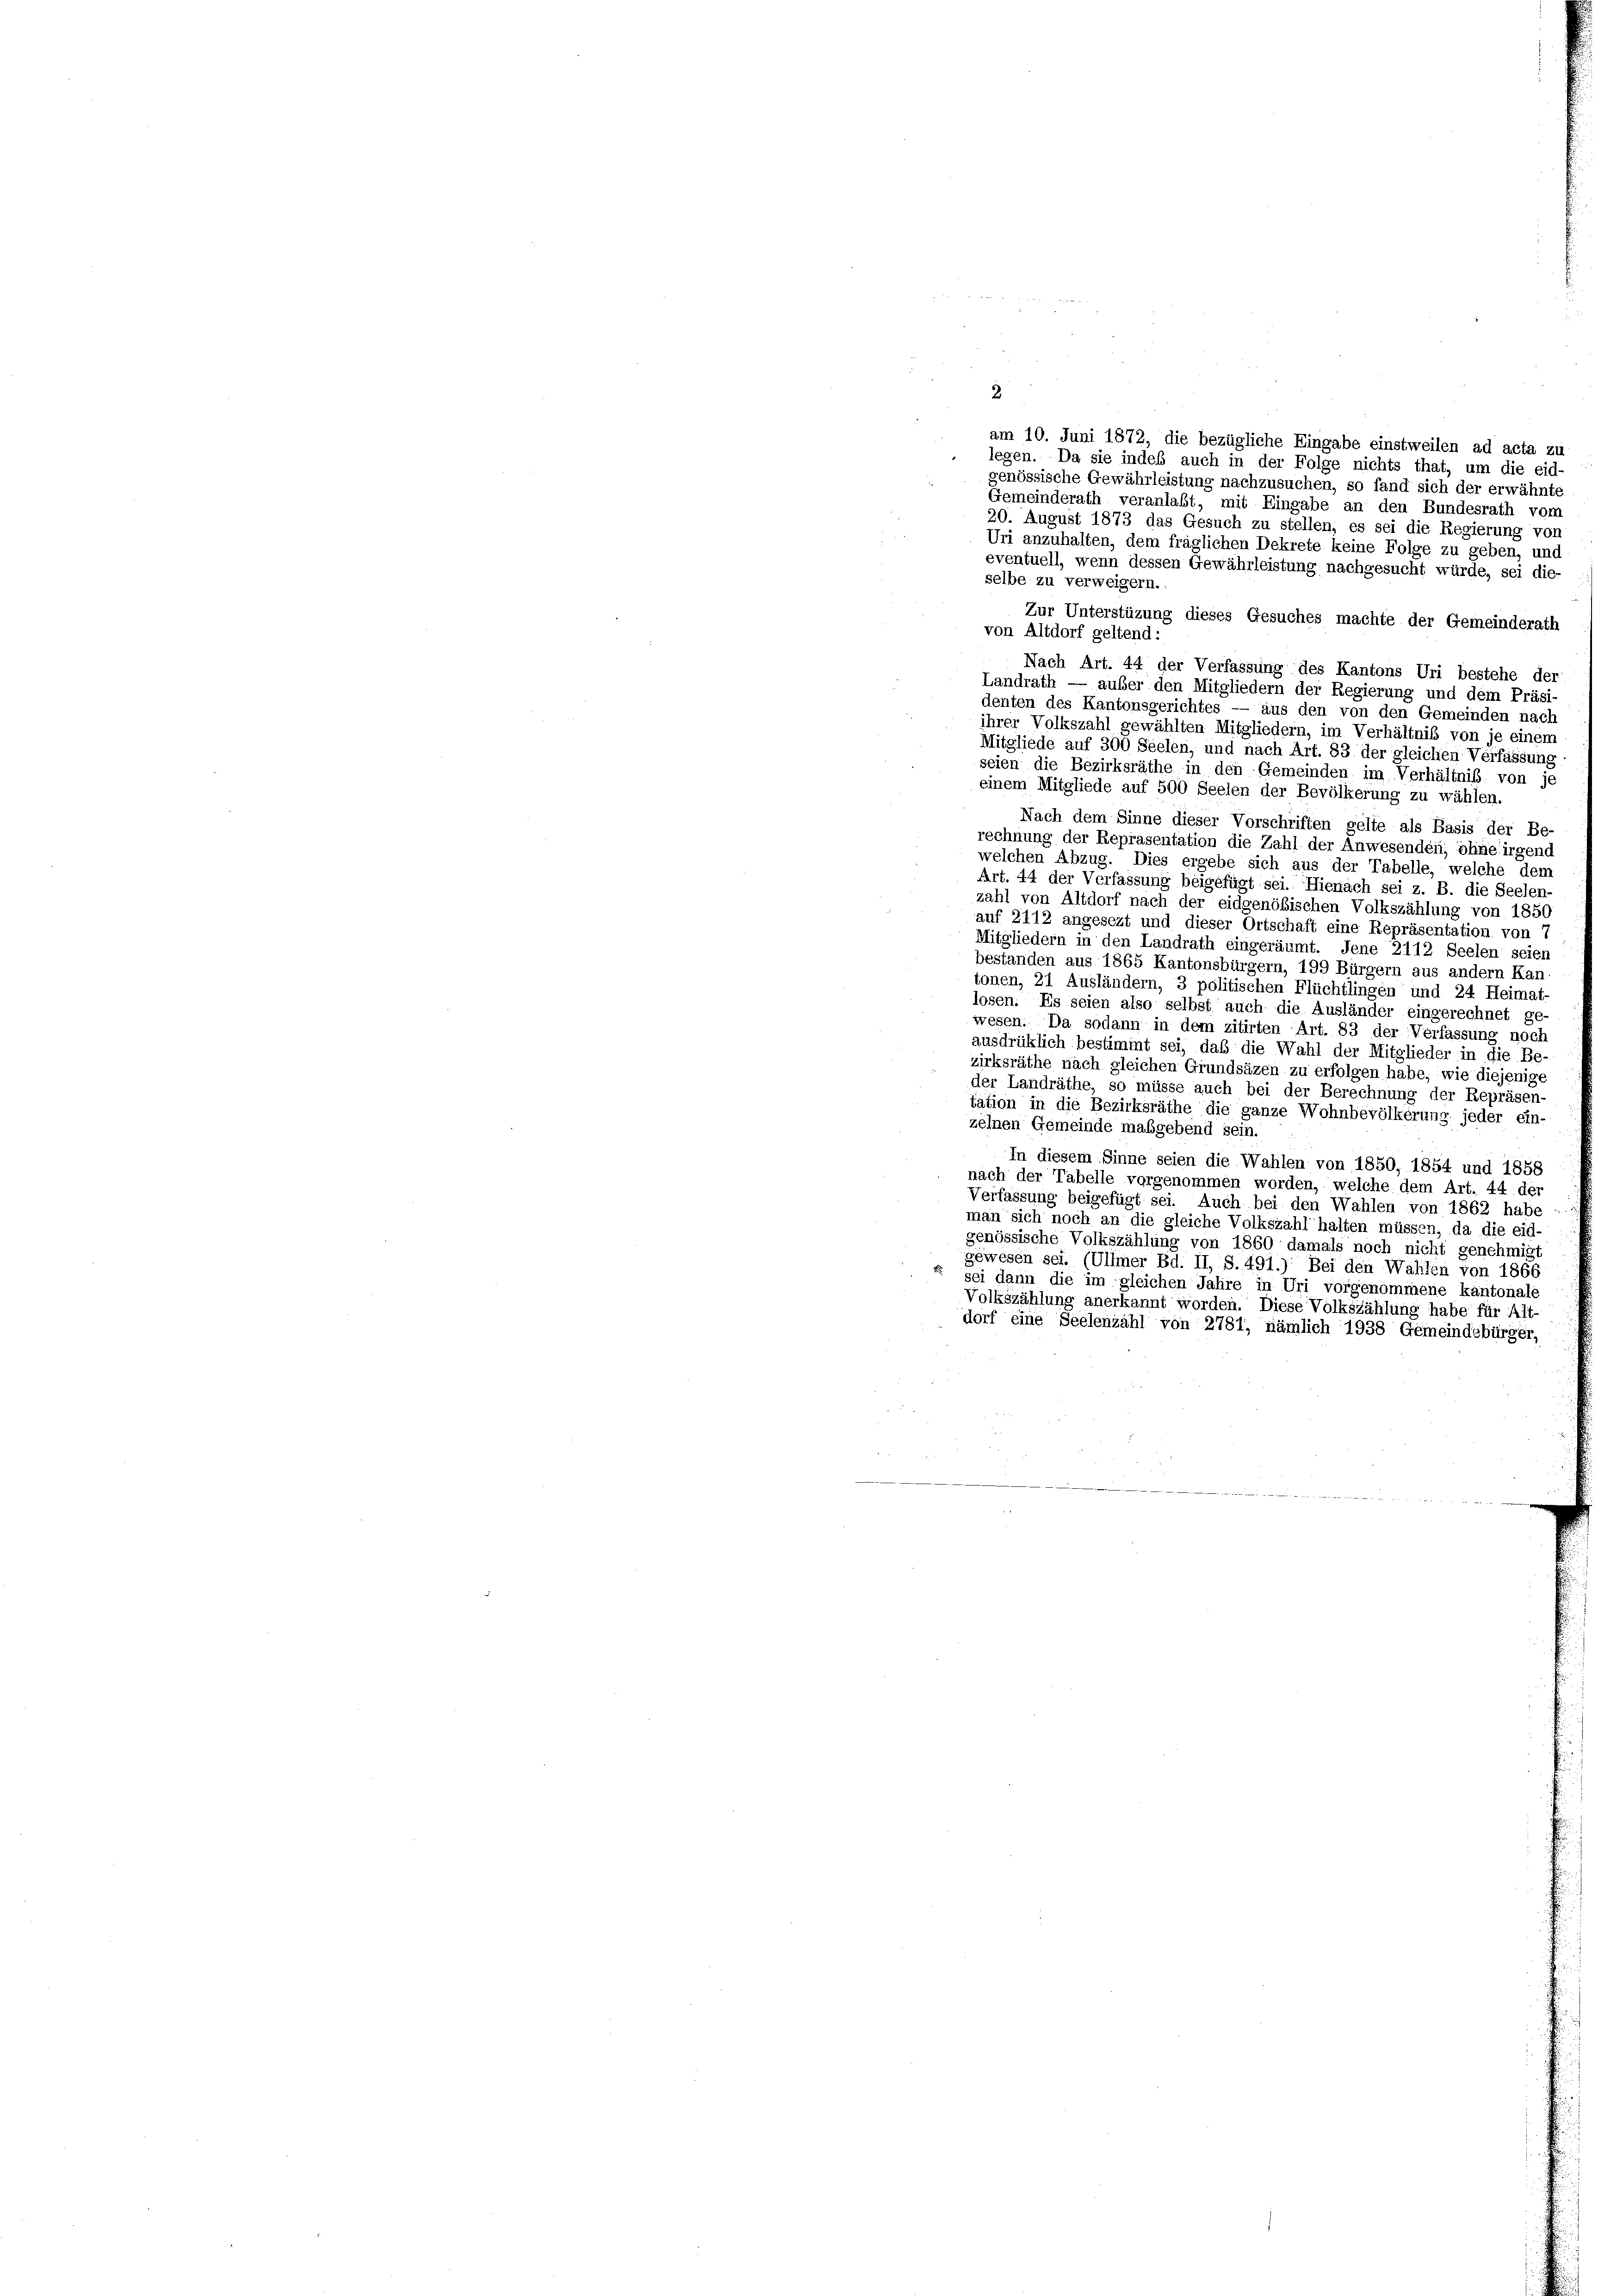
2.
am 10. Juni 1872, die bezügliche Eingabe einstweilen ad acta zu
legen. Da sie indeß auch in der Folge nichts that, um die eid-
genössische Gewährleistung nachzusuchen, so fand sich der erwähnte
Gemeinderath veranlaßt, mit Eingabe an den Bundesrath vom
20. August 1873 das Gesuch zu stellen, es sei die Regierung von
Uri anzuhalten, dem fraglichen Dekrete keine Folge zu geben, und
eventuell, wenn dessen Gewährleistung nachgesucht würde, sei die-
selbe zu verweigern.
Zur Unterstüzung dieses Gesuches machte der Gemeinderath
von Altdorf geltend:
Nach Art. 44 der Verfassung des Kantons Uri bestehe der
Landrath — außer den Mitgliedern der Regierung und dem Präsi-
denten des Kantonsgerichtes — aus den von den Gemeinden nach
ihrer Volkszahl gewählten Mitgliedern, im Verhältniß von je einem
Mitgliede auf 300 Seelen, und nach Art. 83 der gleichen Verfassung
seien die Bezirksräthe in den Gemeinden im Verhältnis von je
einem Mitgliede auf 500 Seelen der Bevölkerung zu wählen.
Nach dem Sinne dieser Vorschriften gelte als Basis der Be-
rechnung der Reprasentation die Zahl der Anwesenden, ohne irgend
welchen Abzug. Dies ergebe sich aus der Tabelle, welche dem
Art. 44 der Verfassung beigefügt sei. Hienach sei z. B. die Seelen-
zahl von Altdorf nach der eidgenößischen Volkszählung von 1850
auf 2112 angesezt und dieser Ortschaft eine Repräsentation von 7
Mitgliedern in den Landrath eingeräumt. Jene 2112 Seelen seien
bestanden aus 1865 Kantonsbürgern, 199 Bürgern aus andern Kan
tonen, 21 Ausländern, 3 politischen Flüchtlingen und 24 Heimat-
losen. Es seien also selbst auch die Ausländer eingerechnet ge
wesen. Da sodann in dem zitirten Art. 83 der Verfassung noch
ausdrüklich bestimmt sei, daß die Wahl der Mitglieder in die Be-
zirksräthe nach gleichen Grundsäzen zu erfolgen habe, wie diejenige
der Landräthe, so müsse auch bei der Berechnung der Repräsen-
tation in die Bezirksräthe die ganze Wohnbevölkerung jeder ein-
zelnen Gemeinde maßgebend sein.
In diesem Sinne seien die Wahlen von 1850, 1854 und 1858
nach der Tabelle vorgenommen worden, welche dem Art. 44 der
Verfassung beigefügt sei. Auch bei den Wahlen von 1862 habe
man sich noch an die gleiche Volkszahlhalten müssen, da die eid-
genössische Volkszählung von 1860 damals noch nicht genehmigt
gewesen sei. (Ullmer Bd. II, S. 491.) Bei den Wahlen von 1866
sei dann die im gleichen Jahre in Uri vorgenommene kantonale
Volkszählung anerkannt worden. Diese Volkszählung habe für Alt-
dorf eine Seelenzahl von 2781, nämlich 1938 Gemeindebürger,